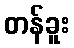
တန်ခူး